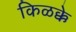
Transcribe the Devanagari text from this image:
किळक्के